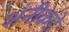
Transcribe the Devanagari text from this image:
शनीकडे